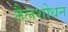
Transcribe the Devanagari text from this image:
तैलशोधन